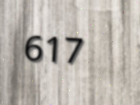
617